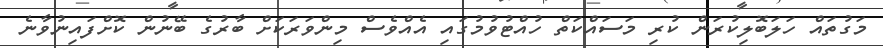
މަގުތައް ހަލަބޮލިކުރަން ކުރި މަސައްކަތް ހުއްޓުވުމުގައި އެއްވެސް މިންވަރަކަށް ބާރުގެ ބޭނުން ކޮށްފައިނުވާނެ